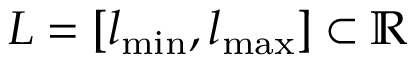
L = [ l _ { \operatorname* { m i n } } , l _ { \operatorname* { m a x } } ] \subset \mathbb { R }